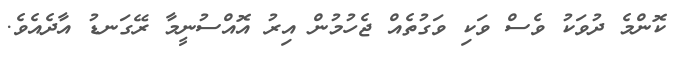
ކޮންމެ ދުވަކު ވެސް ވަކި ވަގުތެއް ޖެހުމުން އިރު އޮއްސުނީމާ ރޭގަނޑު އާދެއެވެ.